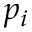
p _ { i }